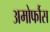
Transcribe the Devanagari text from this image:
अमोर्फौस